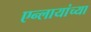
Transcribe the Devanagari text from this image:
एन्लायांच्या